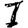
Digit: 1